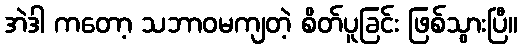
အဲဒါ ကတော့ သဘာဝမကျတဲ့ စိတ်ပူခြင်း ဖြစ်သွားပြီ။